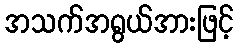
အသက်အရွယ်အားဖြင့်